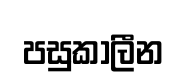
පසුකාලීන